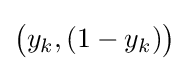
{\big (}y_{k},(1-y_{k}){\big )}